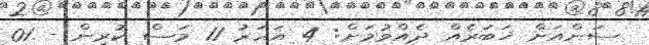
ސަންއަށް ޚަބަރެއް ދެއްވުމަށް: 4 އަހަރު 11 މަސް ކުރިން - 01